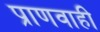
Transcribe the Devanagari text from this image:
प्राणवाही